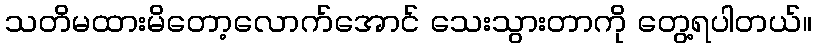
သတိမထားမိတော့လောက်အောင် သေးသွားတာကို တွေ့ရပါတယ်။